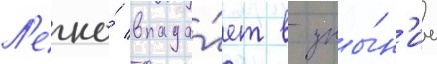
Л'егко́ впада́ет в уны́н'ие